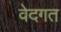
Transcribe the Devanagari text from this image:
वेदगत